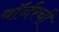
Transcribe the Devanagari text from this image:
वॉर्नरची